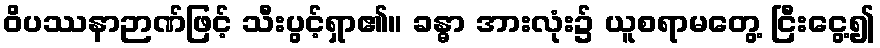
ဝိပဿနာဉာဏ်ဖြင့် သီးပွင့်ရှာ၏။ ခန္ဓာ အားလုံး၌ ယူစရာမတွေ့ ငြီးငွေ့၍